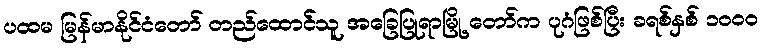
ပထမ မြန်မာနိုင်ငံတော် တည်ထောင်သူ အခြေပြုရာမြို့ တော်က ပုဂံဖြစ်ပြီး ခရစ်နှစ် ၁၀ဝ၀